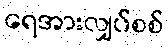
ရေအားလျှပ်စစ်